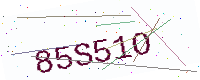
Text: 85S51O